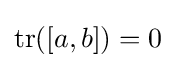
\operatorname {tr} ([a,b])=0